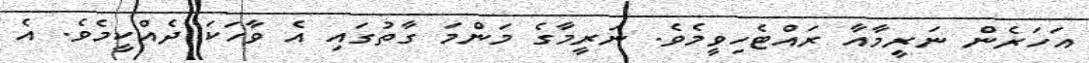
އަހަރެން ނަރީމާއާ ރައްޓެހިވީމެވެ. ނަރީމާގެ މަންމަ ގާތުގައި އެ ވާހަކަ ދެއްކީމެވެ. އެ